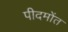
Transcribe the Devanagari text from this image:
पीदमोंत